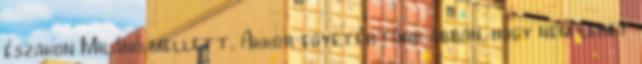
északon Milánó mellett. Akkor egyetértünk abban, hogy nem lehet